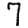
Digit: 7